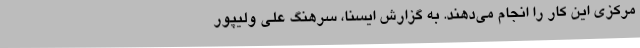
مرکزی این کار را انجام می‌دهند. به گزارش ایسنا، سرهنگ علی ولیپور